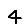
Digit: 4